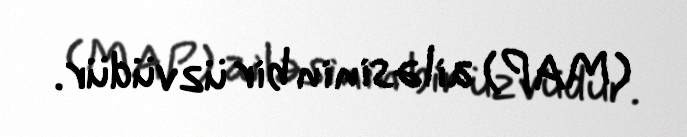
(MAP) ailəsinin bir üzvüdür.